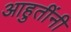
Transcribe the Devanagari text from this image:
आहुतींनी